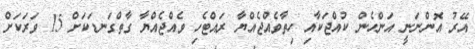
އޭރު އޮންނަނީ އަންހެން ކުއްޖަކާއި ހިތާވެއްޖެއްޔާ ރައްޓެހި ވެއްޖެއްޔާ ގާތްގަނޑަކަށް 15 ވަރަކަށް